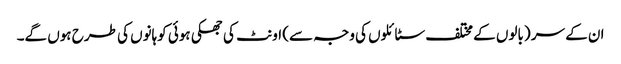
ان کے سر (بالوں کے مختلف سٹائلوں کی وجہ سے) اونٹ کی جھکی ہوئی کوہانوں کی طرح ہوں گے۔